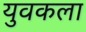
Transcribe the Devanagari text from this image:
युवकला